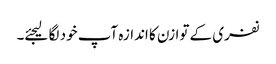
نفری کے توازن کا اندازہ آپ خود لگا لیجئے۔